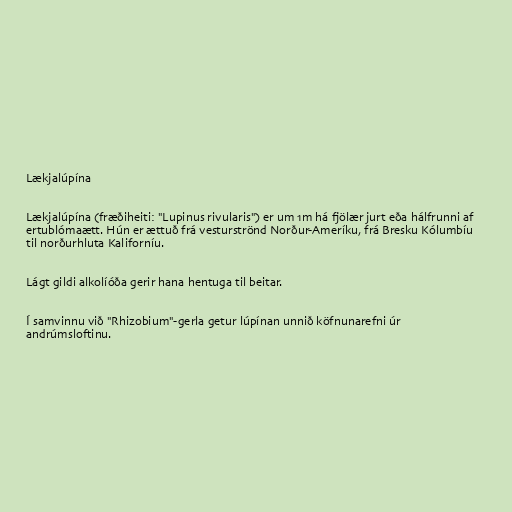
Lækjalúpína

Lækjalúpína (fræðiheiti: "Lupinus rivularis") er um 1m há fjölær jurt eða hálfrunni af
ertublómaætt. Hún er ættuð frá vesturströnd Norður-Ameríku, frá Bresku Kólumbíu
til norðurhluta Kaliforníu.

Lágt gildi alkolíóða gerir hana hentuga til beitar.

Í samvinnu við "Rhizobium"-gerla getur lúpínan unnið köfnunarefni úr
andrúmsloftinu.